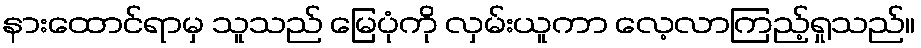
နားထောင်ရာမှ သူသည် မြေပုံကို လှမ်းယူကာ လေ့လာကြည့်ရှုသည်။